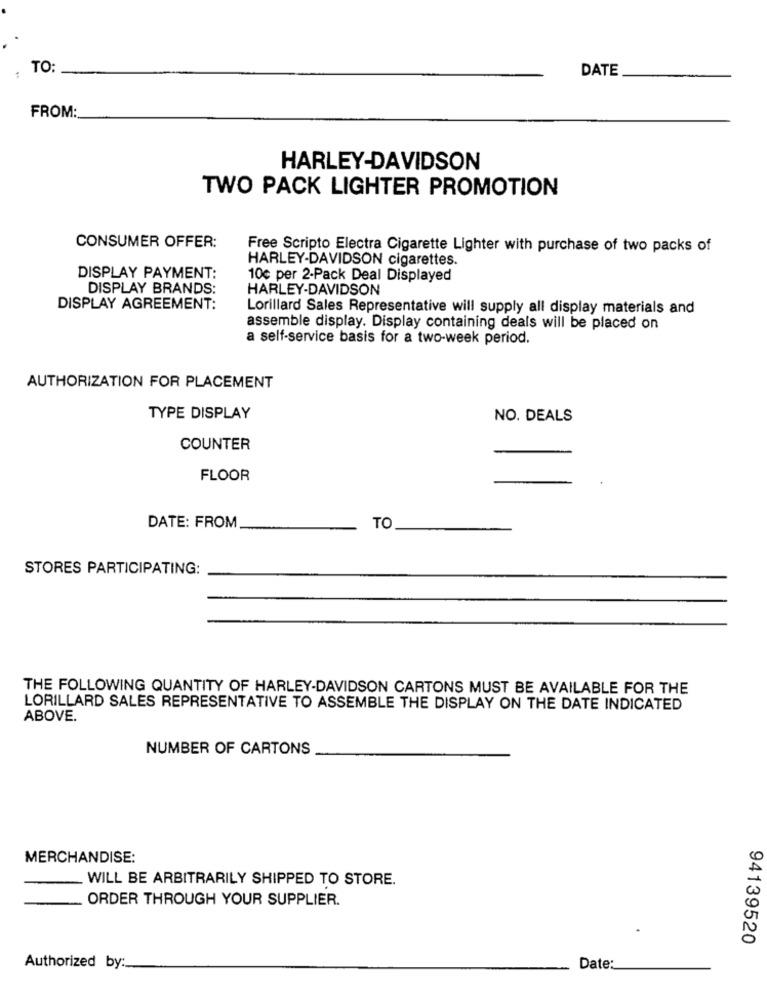
:
TO
DATE
FROM:
HARLEY-DAVIDSON
TWO PACK LIGHTER PROMOTION
CONSUMER OFFER:
Free Scripto Electra Cigarette Lighter with purchase of two packs of
HARLEY-DAVIDSON cigarettes.
DISPLAY PAYMENT:
10€ per 2-Pack Deal Displayed
DISPLAY BRANDS:
HARLEY-DAVIDSON
DISPLAY AGREEMENT:
Lorillard Sales Representative will supply all display materials and
assemble display. Display containing deals will be placed on
a self-service basis for a two-week period.
AUTHORIZATION FOR PLACEMENT
TYPE DISPLAY
NO. DEALS
COUNTER
FLOOR
DATE: FROM
TO
STORES PARTICIPATING:
THE FOLLOWING QUANTITY OF HARLEY-DAVIDSON CARTONS MUST BE AVAILABLE FOR THE
LORILLARD SALES REPRESENTATIVE TO ASSEMBLE THE DISPLAY ON THE DATE INDICATED
ABOVE.
NUMBER OF CARTONS
MERCHANDISE:
WILL BE ARBITRARILY SHIPPED TO STORE.
ORDER THROUGH YOUR SUPPLIER.
94139520
Authorized by:
Date: